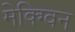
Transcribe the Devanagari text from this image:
मेक्ग्विन